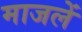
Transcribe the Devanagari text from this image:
माजलें